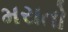
મરાતો